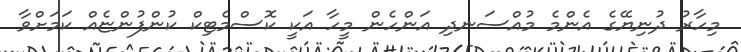
މިހާރު ދުނިޔޭގެ އެންމެ މުއްސަނދި އަންހެން މީހާ އަކީ ކޮސްމެޓިކް ކުންފުންޏެއް ކަމަށްވާ